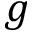
g